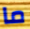
ما